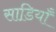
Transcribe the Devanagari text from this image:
साडि़याँ